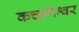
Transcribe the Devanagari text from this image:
कच्छपेश्वर